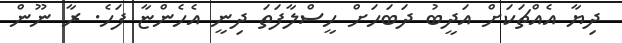
ދިޔާ އެއްޗަކަށް އަދީބު ދަބަހަށް ހީސްލާފަތަ ދިނީ އެހެންޏާ ފަހެ. ރާ ނޫން